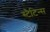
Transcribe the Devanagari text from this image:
स्टैटिन्स